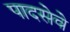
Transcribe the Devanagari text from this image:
पादसेवे